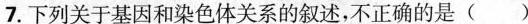
7.下列关于基因和染色体关系的叙述，不正确的是()